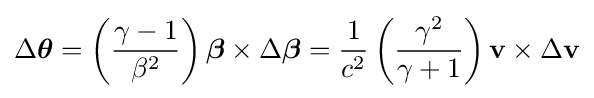
\Delta {\boldsymbol {\theta }}=\left({\frac {\gamma -1}{\beta ^{2}}}\right){\boldsymbol {\beta }}\times \Delta {\boldsymbol {\beta }}={\frac {1}{c^{2}}}\left({\frac {\gamma ^{2}}{\gamma +1}}\right)\mathbf {v} \times \Delta \mathbf {v}